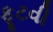
ફૂટવી